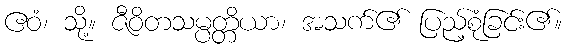
ဧဝံ၊ သို့။ ဇီဝိတသမ္ပတ္တိယာ၊ အသက်၏ ပြည့်စုံခြင်း၏။